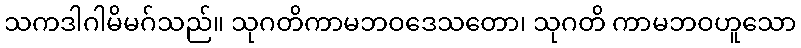
သကဒါဂါမိမဂ်သည်။ သုဂတိကာမဘဝဒေသတော၊ သုဂတိ ကာမဘဝဟူသော